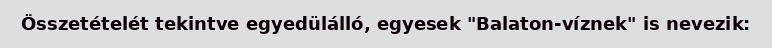
Összetételét tekintve egyedülálló, egyesek "Balaton-víznek" is nevezik: